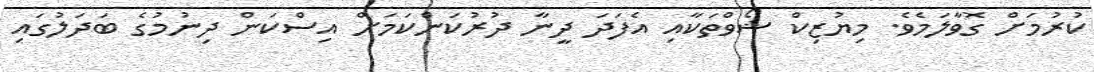
ކުރުމަށް ގޮވާލަމެވެ. މިޔުޒިކް ޝޯވްތަކާއި އެފަދަ ދީނާ ދުރުކަންކަމަށް އިސްކަން ދިނުމުގެ ބަދަލުގައި